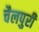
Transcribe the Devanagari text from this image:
चैलपुरी